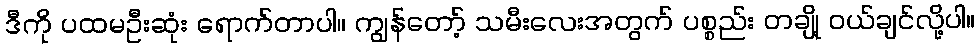
ဒီကို ပထမဦးဆုံး ရောက်တာပါ။ ကျွန်တော့် သမီးလေးအတွက် ပစ္စည်း တချို့ ဝယ်ချင်လို့ပါ။